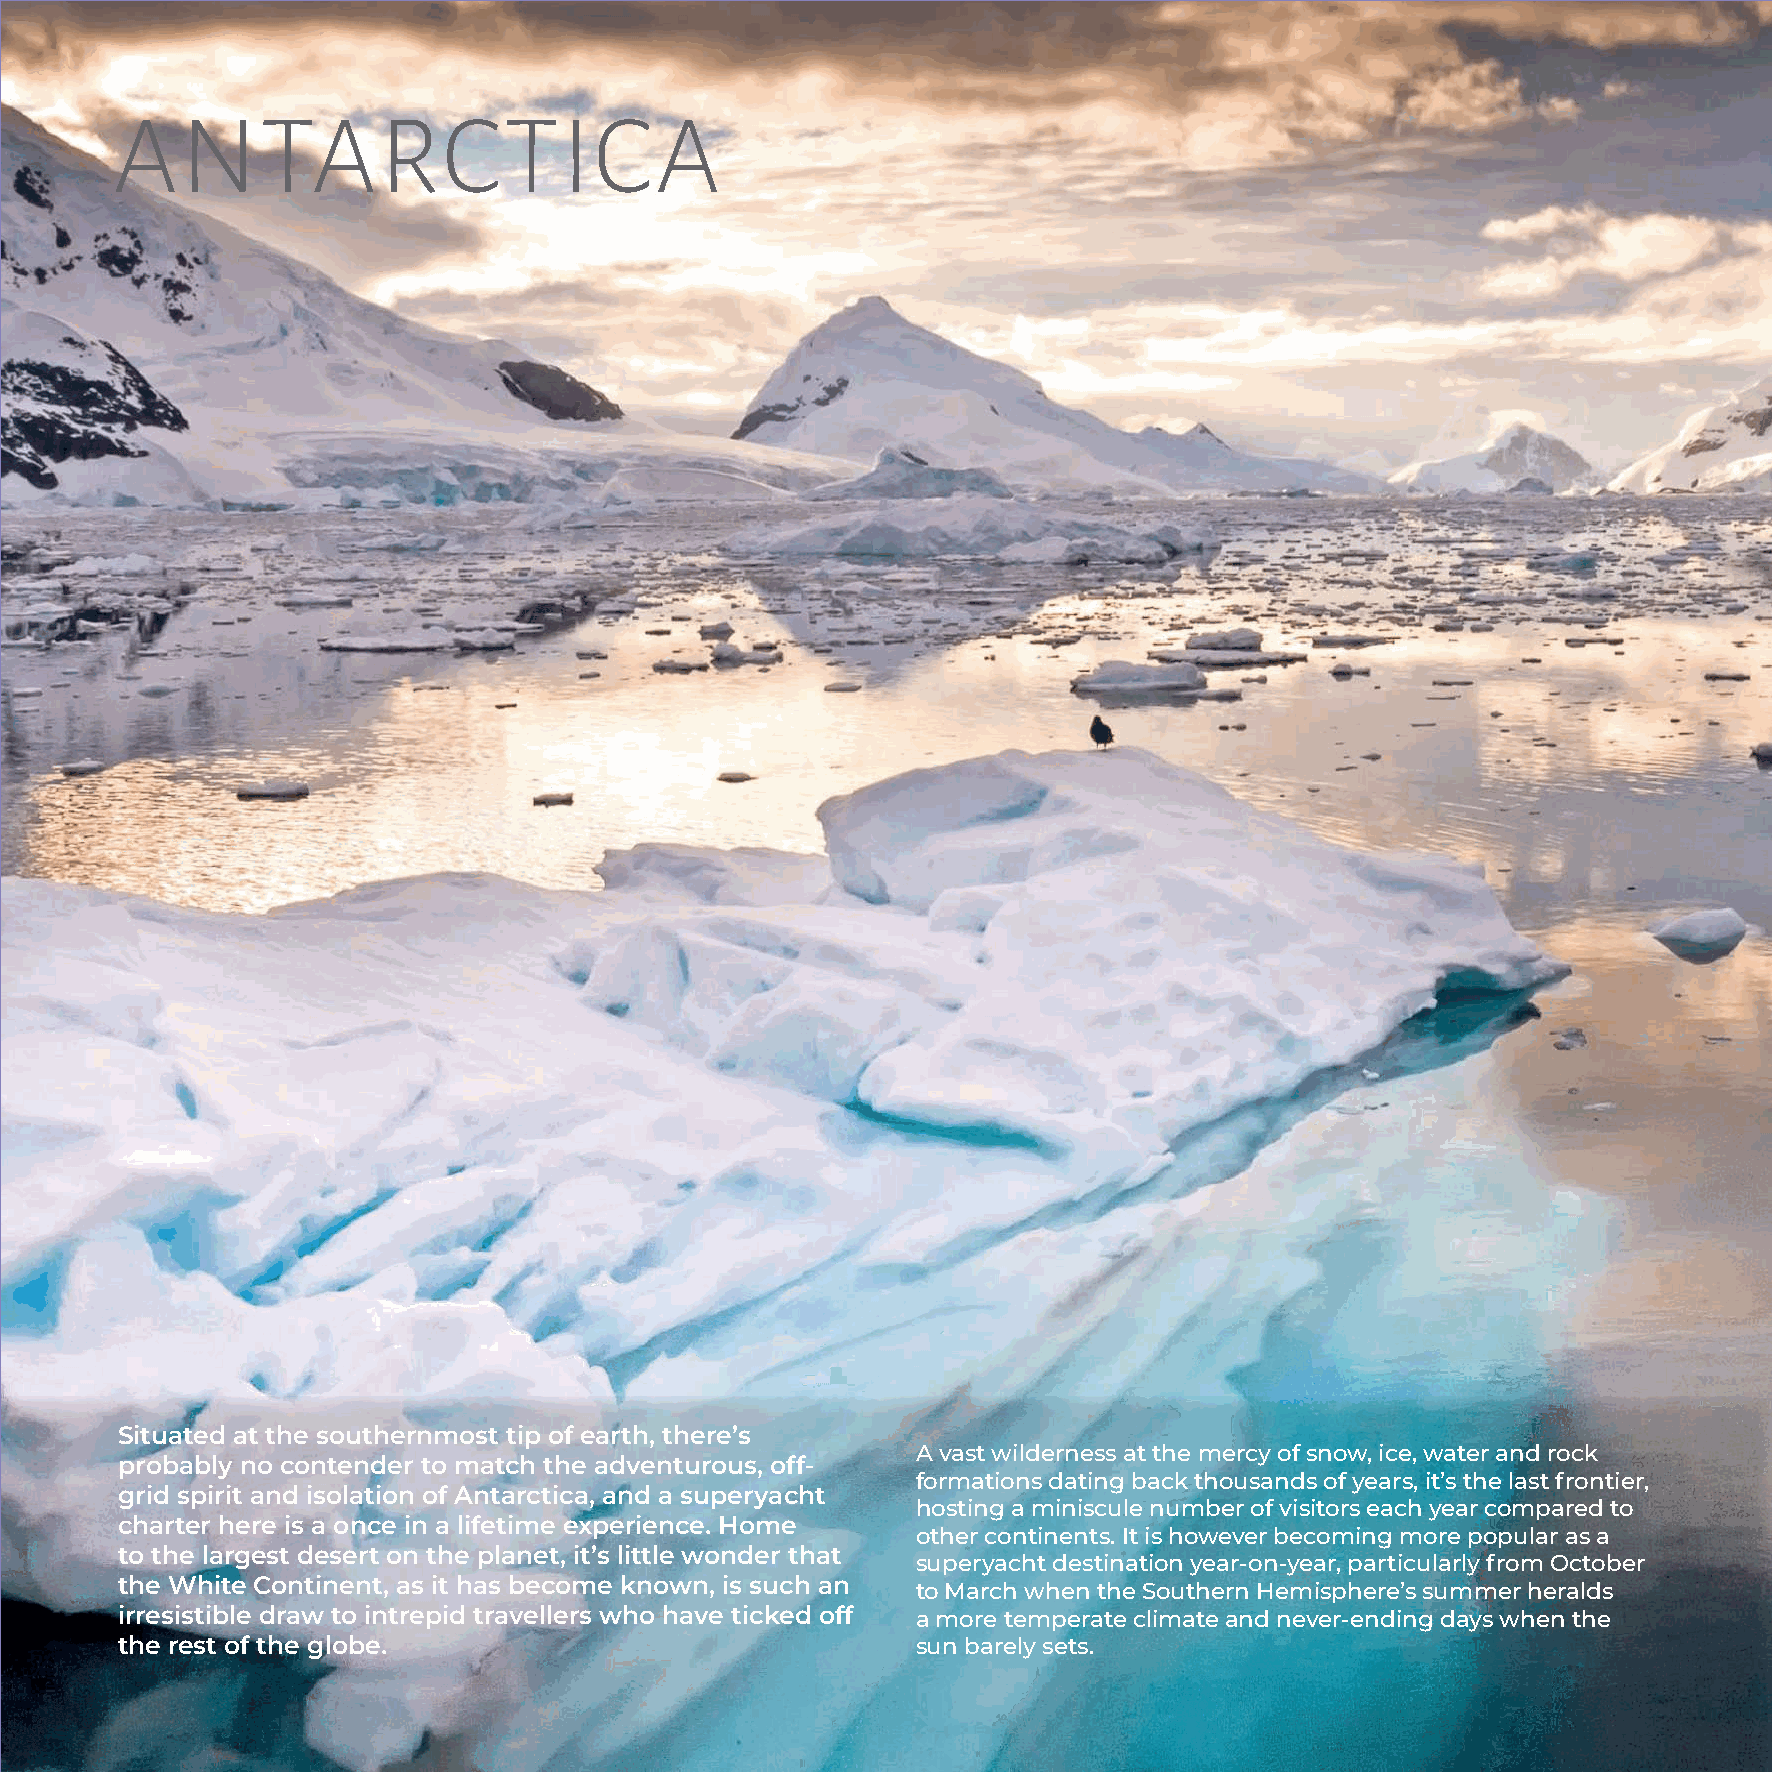
ANTARCTICA
 Xxxxxxx
 Xxxxxxxxx
 Situated at the southernmost tip of earth, there’s
 A vast wilderness at the mercy of snow, ice, water and rock
 probably no contender to match the adventurous, off-
 formations dating back thousands of years, it’s the last frontier,
 grid spirit and isolation of Antarctica, and a superyacht
 hosting a miniscule number of visitors each year compared to
 charter here is a once in a lifetime experience. Home
 other continents. It is however becoming more popular as a
 to the largest desert on the planet, it’s little wonder that
 superyacht destination year-on-year, particularly from October
 the White Continent, as it has become known, is such an
 to March when the Southern Hemisphere’s summer heralds
 irresistible draw to intrepid travellers who have ticked off a more temperate climate and never-ending days when the
 the rest of the globe.                               sun barely sets.
 84